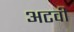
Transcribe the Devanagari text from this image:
अटवी